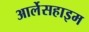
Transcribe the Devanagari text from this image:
आर्लेसहाइम